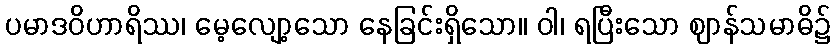
ပမာဒဝိဟာရိဿ၊ မေ့လျော့သော နေခြင်းရှိသော။ ဝါ၊ ရပြီးသော ဈာန်သမာဓိ၌